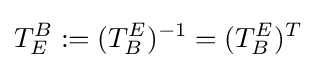
T_{E}^{B}:=(T_{B}^{E})^{-1}=(T_{B}^{E})^{T}